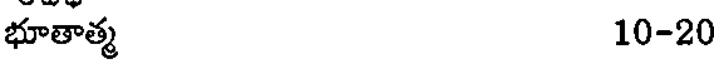
భూతాత్మ 10-20